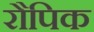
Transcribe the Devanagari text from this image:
रौपिक